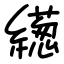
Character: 繱